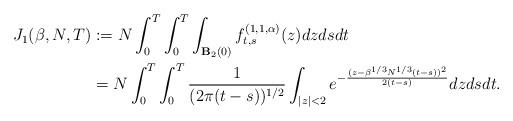
LaTeX: \begin{align*} J_1(\beta,N,T) &:= N\int_0^T\int_0^T \int_{\mathbf{B}_2(0)} f^{(1,1,\alpha)}_{t,s}(z)dz ds dt \\ &=N\int_0^T\int_0^T \frac{1}{(2\pi (t-s))^{1/2}} \int_{|z|<2} e^{-\frac{(z-\beta^{1/3} N^{1/3}(t-s))^2}{2(t-s)}}dzds dt. \end{align*}